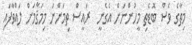
މިތާގެ ވެސް ބޮޑެތި މީހުންނަށް އެގެނީ  ރައީސް ތިމަންނަ މިމަޤާމަށް ލައްވާފައި